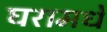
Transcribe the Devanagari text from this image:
घरामधे